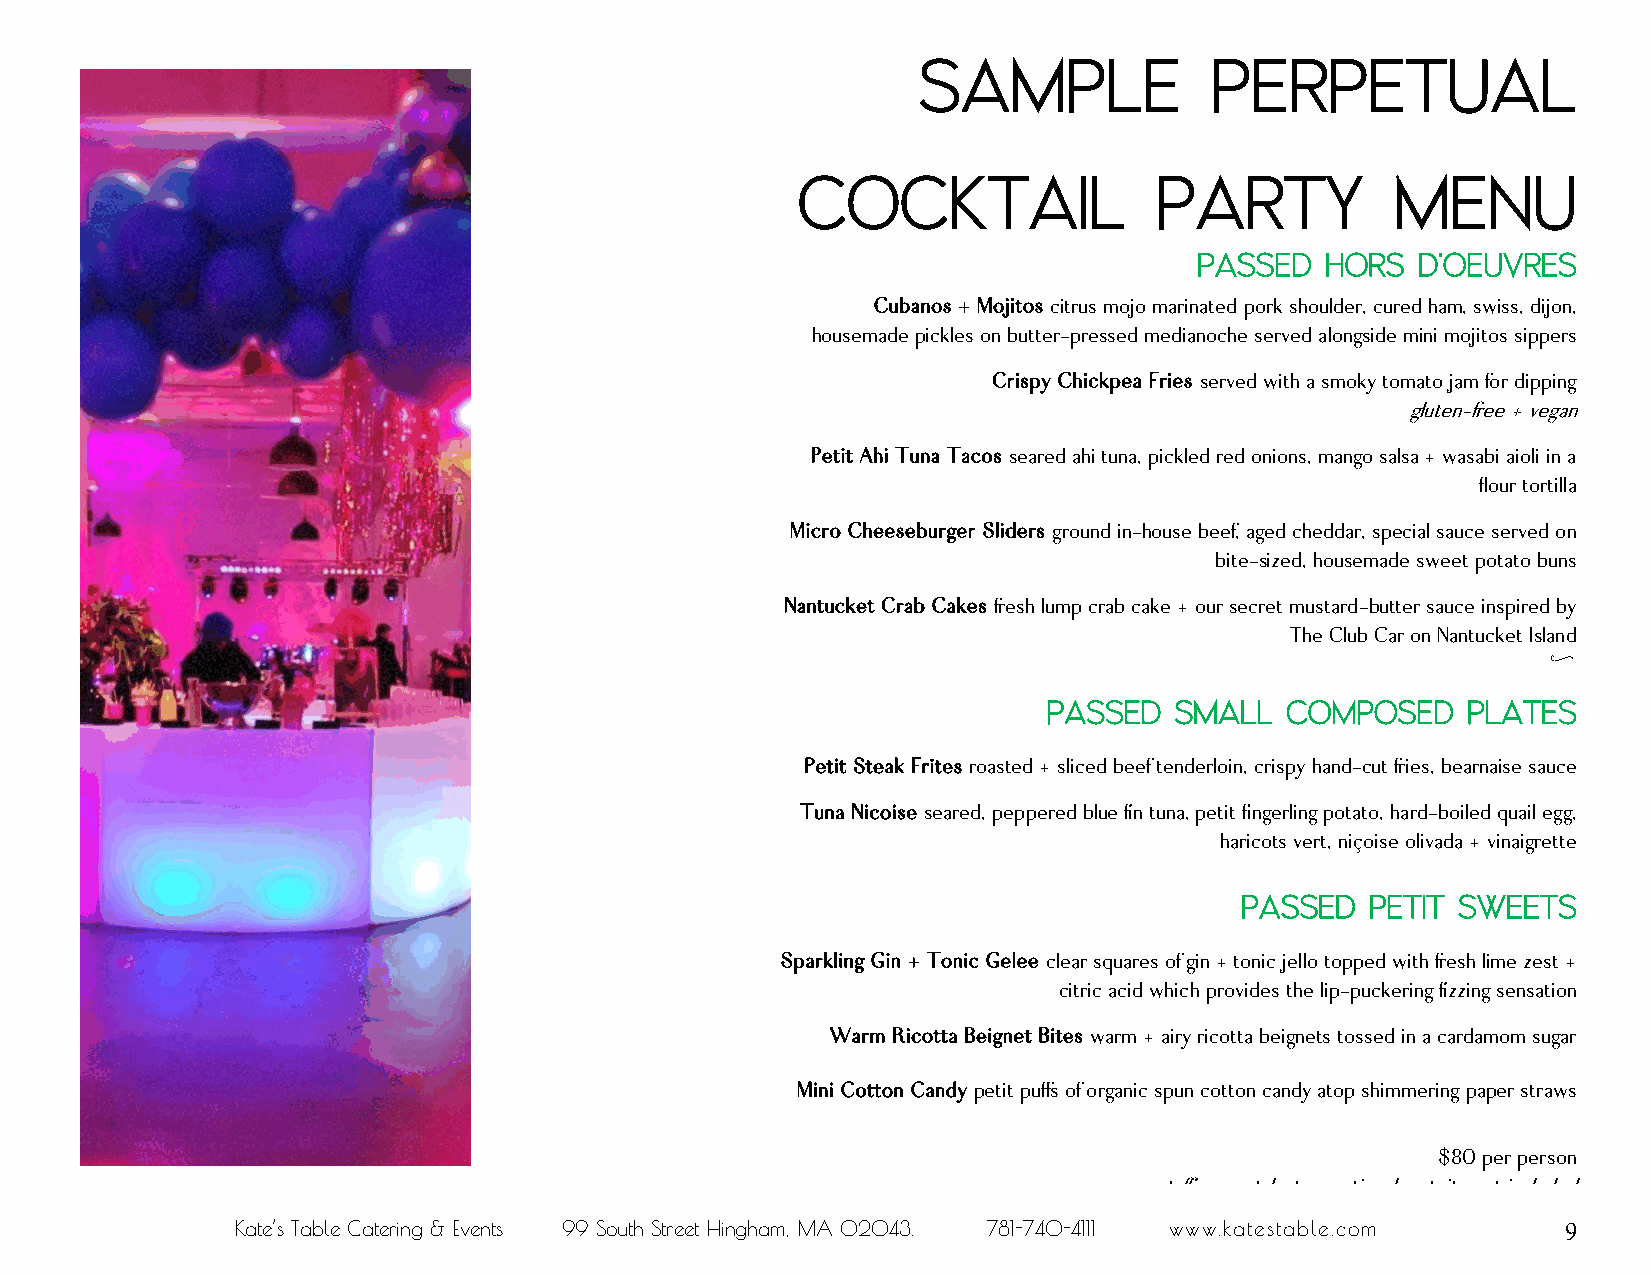
Sample             Perpetual
 Cocktail               Party           Menu
 Passed   Hors  d’oeuvres
 Cubanos + Mojitos citrus mojo marinated pork shoulder, cured ham, swiss, dijon,
 housemade pickles on butter-pressed medianoche served alongside mini mojitos sippers
 Crispy Chickpea Fries served with a smoky tomato jam for dipping
 gluten-free + vegan
 Petit Ahi Tuna Tacos seared ahi tuna, pickled red onions, mango salsa + wasabi aioli in a
 flour tortilla
 Micro Cheeseburger Sliders ground in-house beef, aged cheddar, special sauce served on
 bite-sized, housemade sweet potato buns
 Nantucket Crab Cakes fresh lump crab cake + our secret mustard-butter sauce inspired by
 The Club Car on Nantucket Island
 g
 Passed   Small  Composed    Plates
 Petit Steak Frites roasted + sliced beef tenderloin, crispy hand-cut fries, bearnaise sauce
 Tuna Nicoise seared, peppered blue fin tuna, petit fingerling potato, hard-boiled quail egg,
 haricots vert, niçoise olivada + vinaigrette
 Passed   Petit Sweets
 Sparkling Gin + Tonic Gelee clear squares of gin + tonic jello topped with fresh lime zest +
 citric acid which provides the lip-puckering fizzing sensation
 Warm Ricotta Beignet Bites warm + airy ricotta beignets tossed in a cardamom sugar
 Mini Cotton Candy petit puffs of organic spun cotton candy atop shimmering paper straws
 $80 per person
 staffing, rentals, tax, optional gratuity not included
 Kate’s Table Catering & Events 99 South Street Hingham, MA 02043. 781-740-4111 www.katestable.com 9